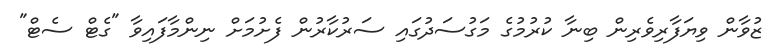
ޒުވާން ވިޔަފާރިވެރިން ބިނާ ކުރުމުގެ މަގުސަދުގައި ސަރުކާރުން ފެށުމަށް ނިންމާފައިވާ "ގެޓް ސެޓް"